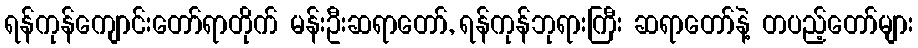
ရန်ကုန်ကျောင်းတော်ရာတိုက် မန်းဦးဆရာတော်, ရန်ကုန်ဘုရားကြီး ဆရာတော်နဲ့ တပည့်တော်များ